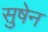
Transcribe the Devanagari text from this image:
सुषेन